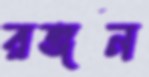
রঙ্গন